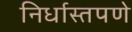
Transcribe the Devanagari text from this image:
निर्धास्तपणे